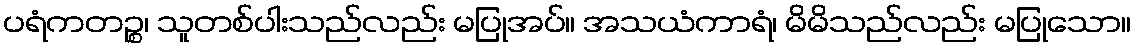
ပရံကတဉ္စ၊ သူတစ်ပါးသည်လည်း မပြုအပ်။ အသယံကာရံ၊ မိမိသည်လည်း မပြုသော။